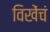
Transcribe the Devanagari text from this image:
विखेंचं